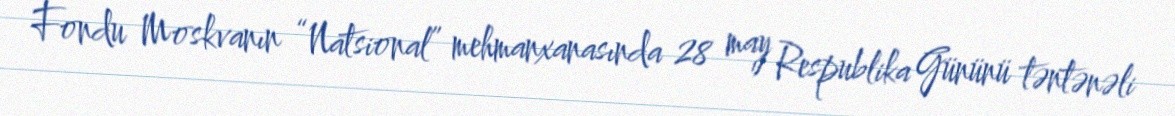
Fondu Moskvanın “Natsional” mehmanxanasında 28 may Respublika Gününü təntənəli